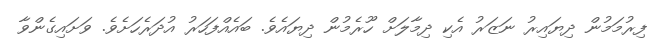
ފިރުމަމުން ދިޔައިރު ނަޒަރު އެކި ދިމާލަށް ހޫރެމުން ދިޔައެވެ. ބައެއްފަހަރު އުދަރެހަށެވެ. ވަށައިގެންވާ